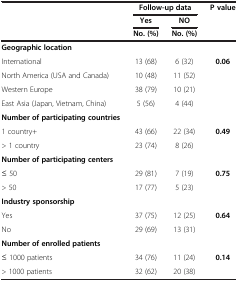
<table><thead><tr><td rowspan="3"><b> </b></td><td colspan="2"><b>Follow-up data</b></td><td><b>P value</b></td></tr><tr><td><b>Yes</b></td><td><b>NO</b></td><td><b> </b></td></tr><tr><td><b>No. (%)</b></td><td><b>No. (%)</b></td><td><b> </b></td></tr></thead><tbody><tr><td><b>Geographic location</b></td><td colspan="2"> </td><td> </td></tr><tr><td>International</td><td>13 (68)</td><td>6 (32)</td><td><b>0.06</b></td></tr><tr><td>North America (USA and Canada)</td><td>10 (48)</td><td>11 (52)</td><td> </td></tr><tr><td>Western Europe</td><td>38 (79)</td><td>10 (21)</td><td> </td></tr><tr><td>East Asia (Japan, Vietnam, China)</td><td>5 (56)</td><td>4 (44)</td><td> </td></tr><tr><td><b>Number of participating countries</b></td><td colspan="2"> </td><td> </td></tr><tr><td>1 country+</td><td>43 (66)</td><td>22 (34)</td><td><b>0.49</b></td></tr><tr><td>&gt; 1 country</td><td>23 (74)</td><td>8 (26)</td><td> </td></tr><tr><td><b>Number of participating centers</b></td><td colspan="2"> </td><td> </td></tr><tr><td>≤ 50</td><td>29 (81)</td><td>7 (19)</td><td><b>0.75</b></td></tr><tr><td>&gt; 50</td><td>17 (77)</td><td>5 (23)</td><td> </td></tr><tr><td><b>Industry sponsorship</b></td><td colspan="2"> </td><td> </td></tr><tr><td>Yes</td><td>37 (75)</td><td>12 (25)</td><td><b>0.64</b></td></tr><tr><td>No</td><td>29 (69)</td><td>13 (31)</td><td> </td></tr><tr><td><b>Number of enrolled patients</b></td><td colspan="2"> </td><td> </td></tr><tr><td>≤ 1000 patients</td><td>34 (76)</td><td>11 (24)</td><td><b>0.14</b></td></tr><tr><td>&gt; 1000 patients</td><td>32 (62)</td><td>20 (38)</td><td> </td></tr></tbody></table>